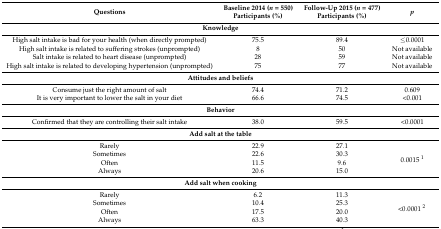
<table><thead><tr><td><b>Questions</b></td><td><b>Baseline 2014 (<i>n</i> = 550) Participants (%)</b></td><td><b>Follow-Up 2015 (<i>n</i> = 477) Participants (%)</b></td><td><b><i>p</i></b></td></tr></thead><tbody><tr><td colspan="4"><b>Knowledge</b></td></tr><tr><td>High salt intake is bad for your health (when directly prompted)</td><td>75.5</td><td>89.4</td><td>≤0.0001</td></tr><tr><td>High salt intake is related to suffering strokes (unprompted)</td><td>8</td><td>50</td><td>Not available</td></tr><tr><td>Salt intake is related to heart disease (unprompted)</td><td>28</td><td>59</td><td>Not available</td></tr><tr><td>High salt intake is related to developing hypertension (unprompted)</td><td>75</td><td>77</td><td>Not available</td></tr><tr><td colspan="4"><b>Attitudes and beliefs</b></td></tr><tr><td>Consume just the right amount of salt</td><td>74.4</td><td>71.2</td><td>0.609</td></tr><tr><td>It is very important to lower the salt in your diet</td><td>66.6</td><td>74.5</td><td>&lt;0.001</td></tr><tr><td colspan="4"><b>Behavior</b></td></tr><tr><td>Confirmed that they are controlling their salt intake</td><td>38.0</td><td>59.5</td><td>&lt;0.0001</td></tr><tr><td colspan="4"><b>Add salt at the table</b></td></tr><tr><td>Rarely</td><td>22.9</td><td>27.1</td><td rowspan="4">0.0015 <sup>1</sup></td></tr><tr><td>Sometimes</td><td>22.6</td><td>30.3</td></tr><tr><td>Often</td><td>11.5</td><td>9.6</td></tr><tr><td>Always</td><td>20.6</td><td>15.0</td></tr><tr><td colspan="4"><b>Add salt when cooking</b></td></tr><tr><td>Rarely</td><td>6.2</td><td>11.3</td><td rowspan="4">&lt;0.0001 <sup>2</sup></td></tr><tr><td>Sometimes</td><td>10.4</td><td>25.3</td></tr><tr><td>Often</td><td>17.5</td><td>20.0</td></tr><tr><td>Always</td><td>63.3</td><td>40.3</td></tr></tbody></table>